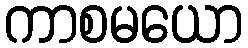
ကာစမယော